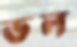
ডল